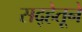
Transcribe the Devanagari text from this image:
सद्‍हेतूने